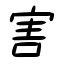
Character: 害